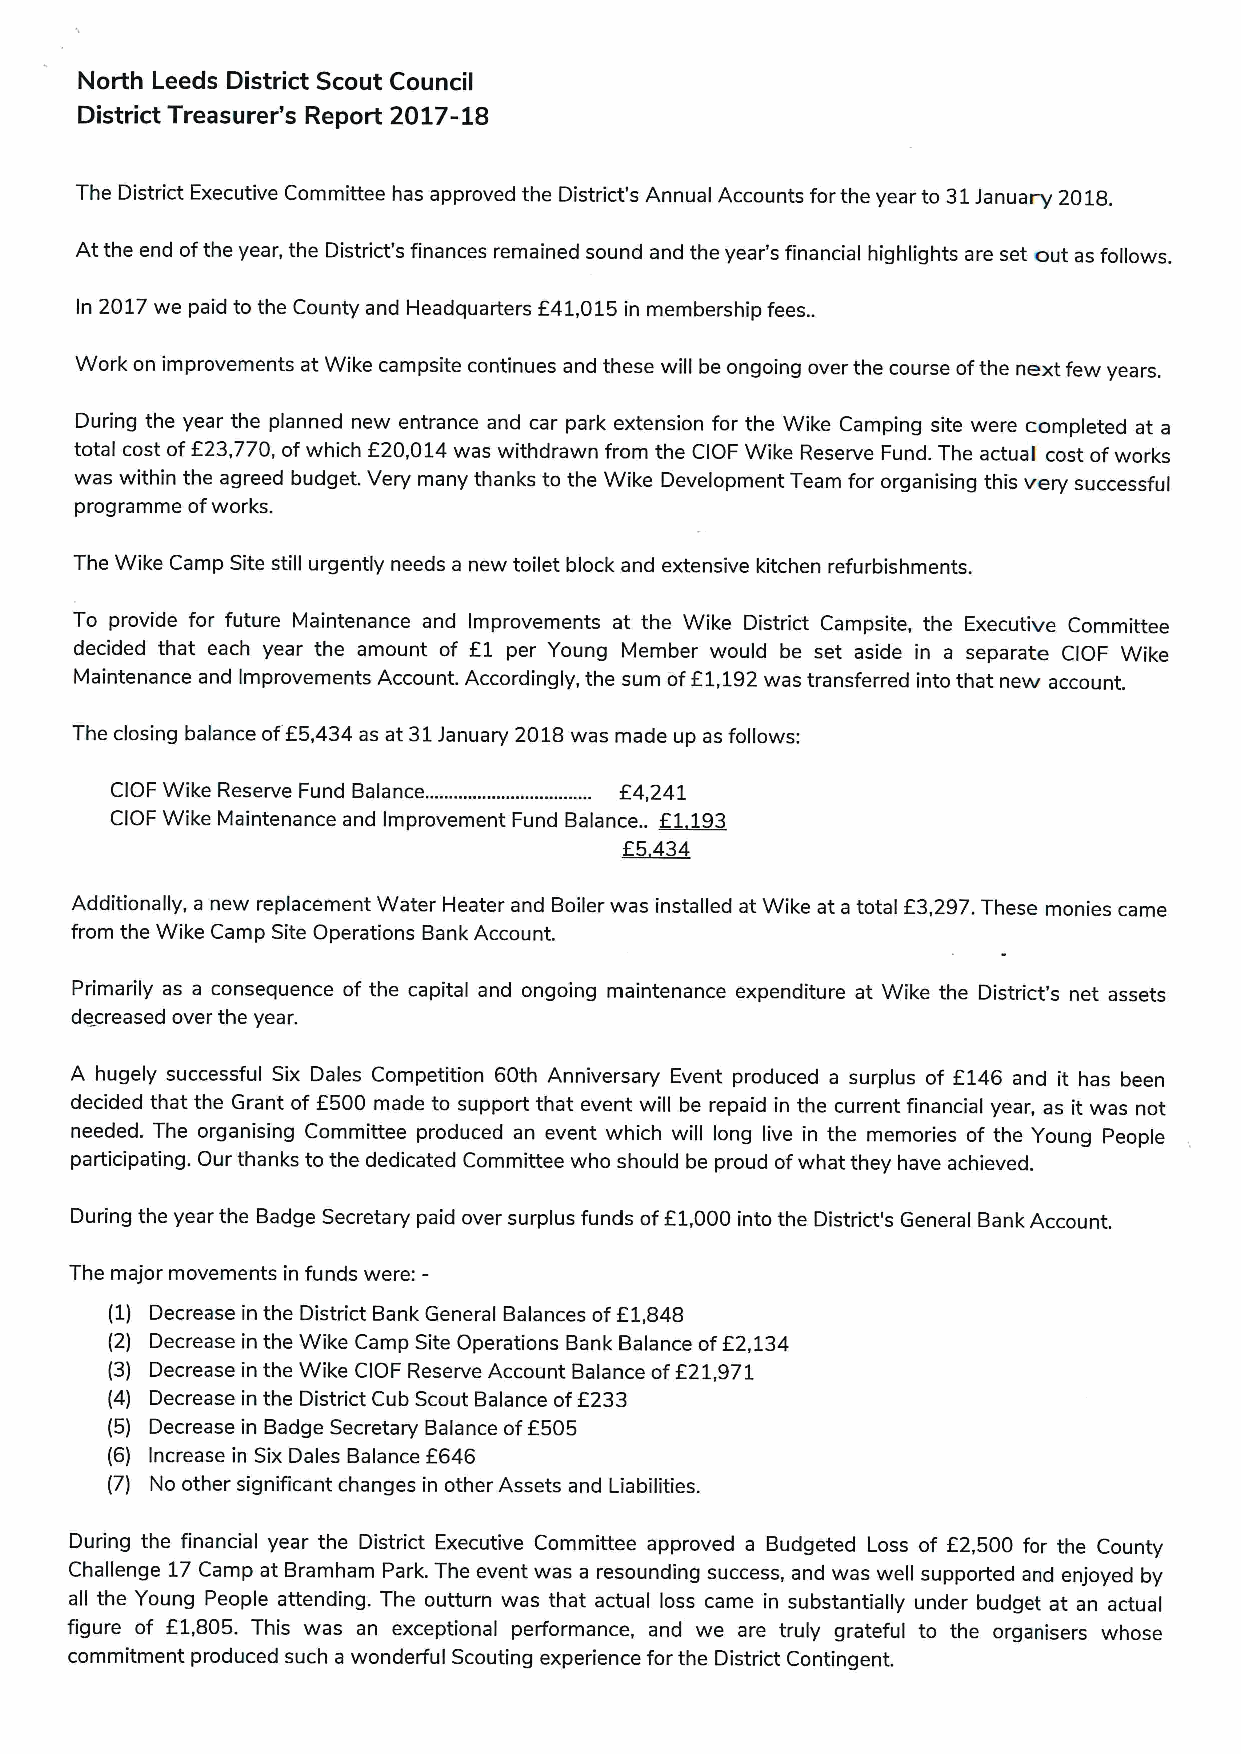
North Leeds District Scout Council
 District Treasurer's Report 2017-18
 The District Executive Committee has approved the District's Annual Accounts forthe year to 31January 2018.
 At the end ofthe year, the District's finances remained sound and the year's financial highlights are set out as follows.
 In 2017we paid to the County and Headquarters E41,015 in membership fees..
 Work on improvements at Wike campsite continues and these will be ongoing over the course ofthe next few years.
 During the year the planned new entrance and car park extension for the Wike Camping site were completed at a
 total cost ofE23,770, ofwhich E20,014was withdrawn from the CIOF Wike Reserve Fund. The actual cost ofworks
 was within the agreed budget. Very many thanks to the Wike Development Team for organising this very successful
 programme ofworks.
 The Wike Camp Site still urgently needs a new toilet block and extensive kitchen refurbishments.
 To provide for future Maintenance and Improvements at the Wike District Campsite, the Executive Committee
 decided that each year the amount of E1 per Young Member would be set aside in a separate CIOF Wike
 Maintenance and Improvements Account. Accordingly, the sum ofE1,192was transferred into that new account
 The closing balance ofE5,434 as at 31January 2018was made up as follows:
 CIOF Wike Reserve Fund Balance................................... E4,241
 CIOF Wike Maintenance and Improvement Fund Balance.. 51193
 55434
 Additionally, a new replacement Water Heater and Boiler was installed at Wike at a total E3,297.These monies came
 from the Wike Camp Site Operations Bank Account.
 Primarily as a consequence of the capital and ongoing maintenance expenditure at Wike the District's net assets
 decreased over the year.
 A hugely successful Six Dales Competition 60th Anniversary Event produced a surplus of E146 and it has been
 decided that the Grant of E500 made to support that event will be repaid in the current financial year, as it was not
 needed. The organising Committee produced an event which will long live in the memories of the Young People
 participating. Our thanks to the dedicated Committee who should be proud ofwhat they have achieved.
 During the year the Badge Secretary paid over surplus funds ofE1,000 into the District's General Bank Account.
 The major movements in funds were:-
 (1) Decrease in the District Bank General Balances ofE1,848
 (2) Decrease in the Wike Camp Site Operations Bank Balance ofE2,134
 (3) Decrease in the Wike CIOF Reserve Account Balance ofE21,971
 (4) Decrease in the District Cub Scout Balance ofE233
 (5) Decrease in Badge Secretary Balance ofE505
 (6) Increase in Six Dales Balance E646
 (7) No other significant changes in other Assets and Liabilities.
 During the financial year the Distdct Executive Committee approved a Budgeted Loss of E2,500 for the County
 Challenge 17Camp at Bramham Park. The event was a resounding success, and was well supported and enjoyed by
 all the Young People attending. The outturn was that actual loss came in substantially under budget at an actual
 figure of E1,805. This was an exceptional performance, and we are truly grateful to the organisers whose
 commitment produced such a wonderful Scouting experience for the District Contingent.